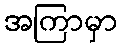
အကြာမှာ